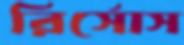
রির্সোস